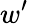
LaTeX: w^{\prime}